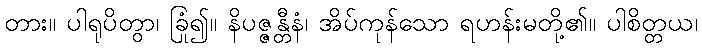
တား။ ပါရုပိတွာ၊ ခြုံ၍။ နိပဇ္ဇန္တီနံ၊ အိပ်ကုန်သော ရဟန်းမတို့၏။ ပါစိတ္တယ၊